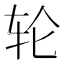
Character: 轮